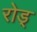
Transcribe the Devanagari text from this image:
रोड्